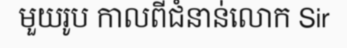
មួយរូប កាលពីជំនាន់លោក Sir